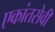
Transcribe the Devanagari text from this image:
एकांतसेवी